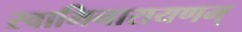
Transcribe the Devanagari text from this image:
स्वामिनारायणम्